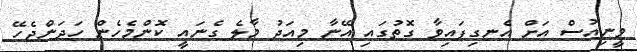
ވީނިއުސް އަށް އެނގިފައިވާ ގޮތުގައި އޭނާ މިއަދު މާލެ ގެނައީ ކޮންމެހެން ހަދަންޖެހޭ